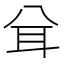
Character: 𦔯